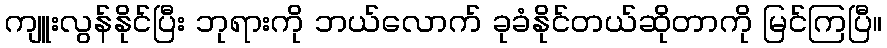
ကျူးလွန်နိုင်ပြီး ဘုရားကို ဘယ်လောက် ခုခံနိုင်တယ်ဆိုတာကို မြင်ကြပြီ။